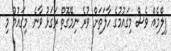
ފިލްމެއް ވެސް މިގައުމުގެ ހާލަތަށް ވުރެ ނިމޭގޮތް ރަގަޅު ވާނެ. މިގައުމު މި